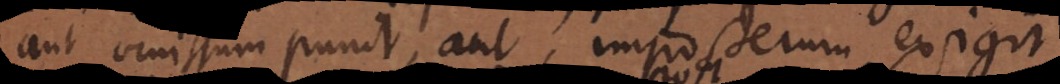
aut omissum punit, aut imposterum exigit.